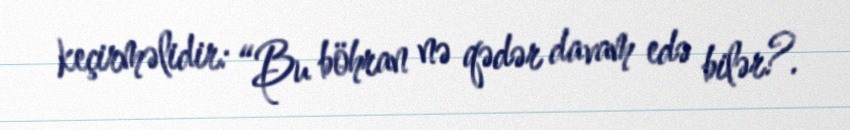
keçirməlidir: “Bu böhran nə qədər davam edə bilər?.